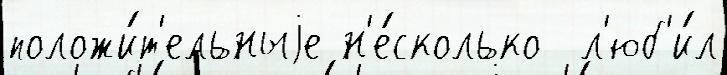
положи́т'ельныjе н'е́сколько  л'юб'и́л